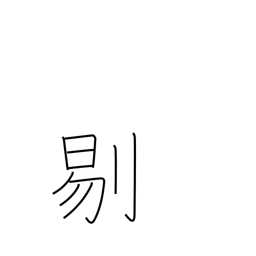
Meaning: cutting